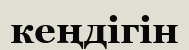
кеңдігін